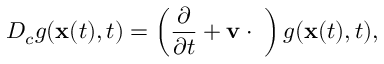
D _ { c } g ( { \bf x } ( t ) , t ) = \left( \frac { \partial } { \partial t } + { \bf v } \cdot { \bf \nabla } \right) g ( { \bf x } ( t ) , t ) ,